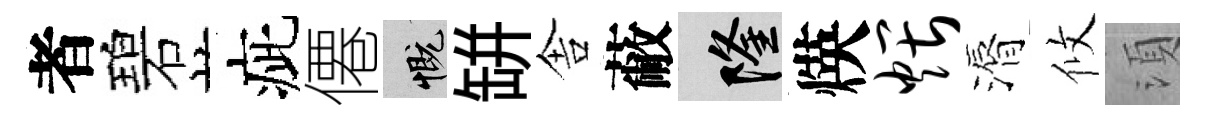
者碧疵僊慨缾舎蔽隆煐煨漘攸湏